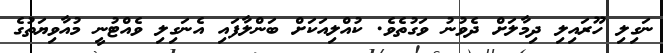
ނަގިލި ހޫރައިލި ދިމާލަށް ދެވުނު ވަގުތެވެ. ކުއްލިއަކަށް ބަންލާފައި އެނަގިލި ވެއްޓުނީ މުއާވިޔަތުގެ